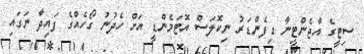
ސިޓީގެ އާޖެންޓީނާ ޑިފެންޑަރު ނިކޮލަސް އޮޓަމެންޑީ އަށް ހެދުނު ގޯހެއްގެ ފައިދާ ނަގައި